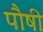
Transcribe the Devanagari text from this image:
पौषी